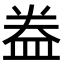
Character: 𥁠